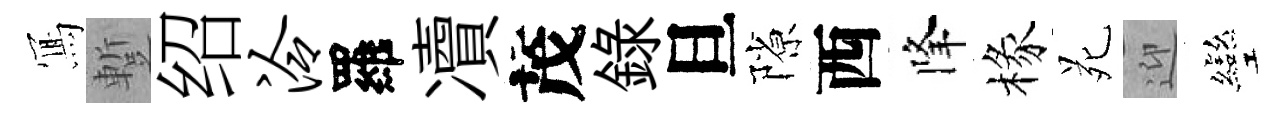
𭂁蹔绍泠羅凟茂録旦隙西降椽苑迎彎